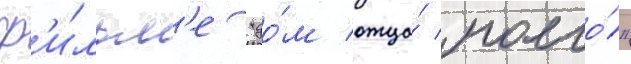
ф'и́льм'е "до́м отца́ моего́"